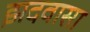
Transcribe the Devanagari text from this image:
झदवासा